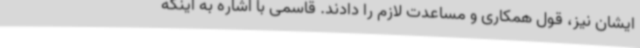
ایشان نیز، قول همکاری و مساعدت لازم را دادند. قاسمی با اشاره به اینکه